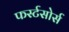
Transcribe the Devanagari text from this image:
फर्स्टसोर्स